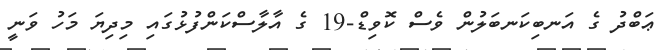
ޢަބްދު ގެ އަނބިކަނބަލުން ވެސް ކޮވިޑް-19 ގެ އާލާސްކަންފުޅުގައި މިދިޔަ މަހު ވަނީ